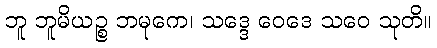
ဘူ ဘူမိယဉ္စ ဘမုကေ၊ သဒ္ဒေ ဝေဒေ သဝေ သုတိ။